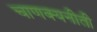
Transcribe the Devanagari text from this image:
चाणक्यनीती